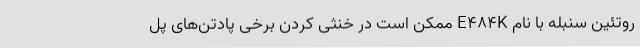
روتئین سنبله با نام E۴۸۴K ممکن است در خنثی کردن برخی پادتن‌های پل